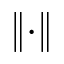
\left\Vert \cdot \right\Vert